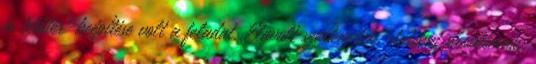
és tetőtér-beépítése volt a feladat. Elavult szerkezetek, statikai problémák,